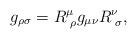
LaTeX: \begin{align*} g_{\rho\sigma} = R^\mu_{\,\,\rho} g_{\mu\nu} R^\nu_{\,\,\sigma} ,\end{align*}